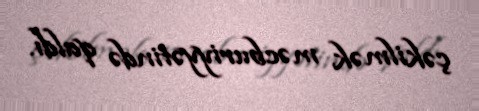
çəkilmək məcburiyyətində qaldı.